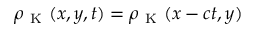
\rho _ { \mathrm { ~ K ~ } } ( x , y , t ) = \rho _ { \mathrm { ~ K ~ } } ( x - c t , y )